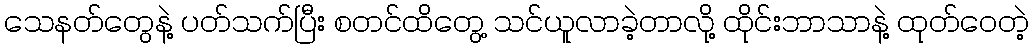
သေနတ်တွေနဲ့ ပတ်သက်ပြီး စတင်ထိတွေ့ သင်ယူလာခဲ့တာလို့ ထိုင်းဘာသာနဲ့ ထုတ်ဝေတဲ့